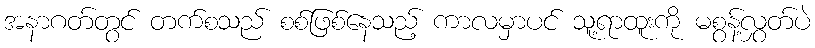
အနာဂတ်တွင် တက်စသည် စစ်ဖြစ်နေသည့် ကာလမှာပင် သူ့ရာထူးကို မစွန့်လွှတ်ပဲ